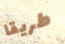
طريقا